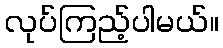
လုပ်ကြည့်ပါမယ်။